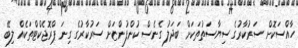
ހާއްސަކޮށް ސަރުކާރުގެ ސިޔާސަތުތަކަށް ބަދަލު ގެނެސް ކުންފުންޏަށް ސަރުކާރުގެ ގިނަ ޕްރޮޖެކްޓްތަކެއް ލިބޭ